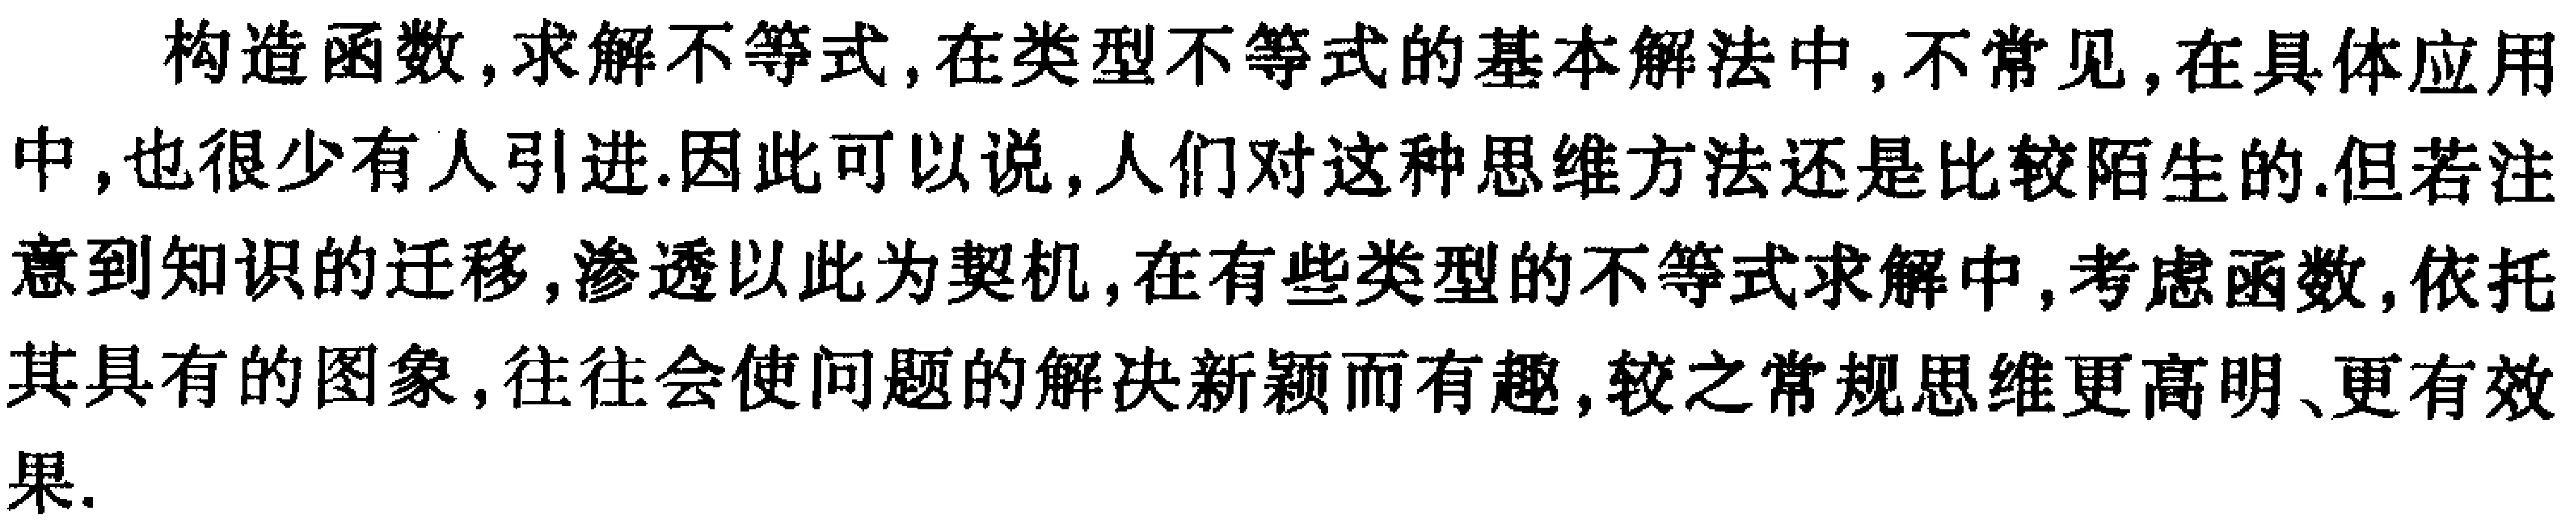
构造函数,求解不等式,在类型不等式的基本解法中,不常见,在具体应用中,也很少有人引进.因此可以说,人们对这种思维方法还是比较陌生的.但若注意到知识的迁移,渗透以此为契机,在有些类型的不等式求解中,考虑函数,依托其具有的图象,往往会使问题的解决新颖而有趣,较之常规思维更高明、更有效果.